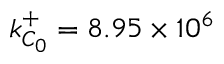
k _ { C _ { 0 } } ^ { + } = 8 . 9 5 \times 1 0 ^ { 6 }